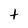
Character: t